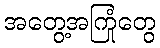
အတွေ့အကြုံတွေ